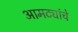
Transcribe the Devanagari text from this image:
आमट्यांचे